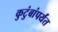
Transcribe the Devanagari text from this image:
कुटुंबांपर्यंत